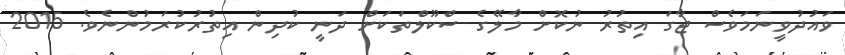
ވައުދުވީނަމަވެސް ޖާގަ އިތުރު ނުކޮށް މާލޭގެ ސްކޫލްތަކަށް ދަނީ ކުދިން އިތުރުކުރަމުންނެވެ. 2015